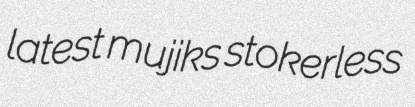
latest mujiks stokerless